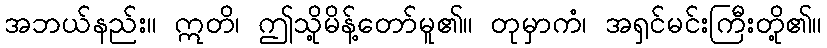
အဘယ်နည်း။ ဣတိ၊ ဤသို့မိန့်တော်မူ၏။ တုမှာကံ၊ အရှင်မင်းကြီးတို့၏။